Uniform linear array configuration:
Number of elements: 48
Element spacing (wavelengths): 0.75
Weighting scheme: hann
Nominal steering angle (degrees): -45
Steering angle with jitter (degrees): -45.695
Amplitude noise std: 0.05
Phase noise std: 0.05

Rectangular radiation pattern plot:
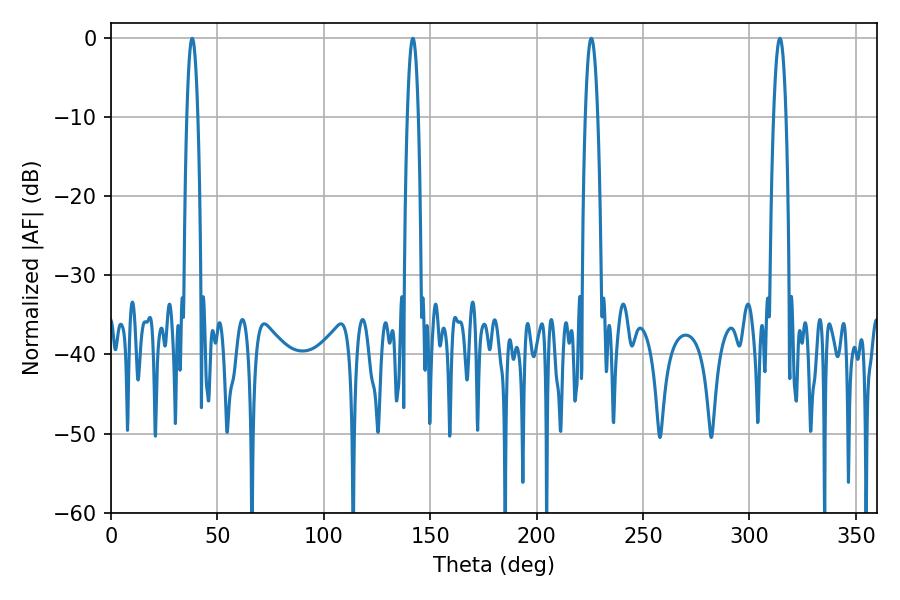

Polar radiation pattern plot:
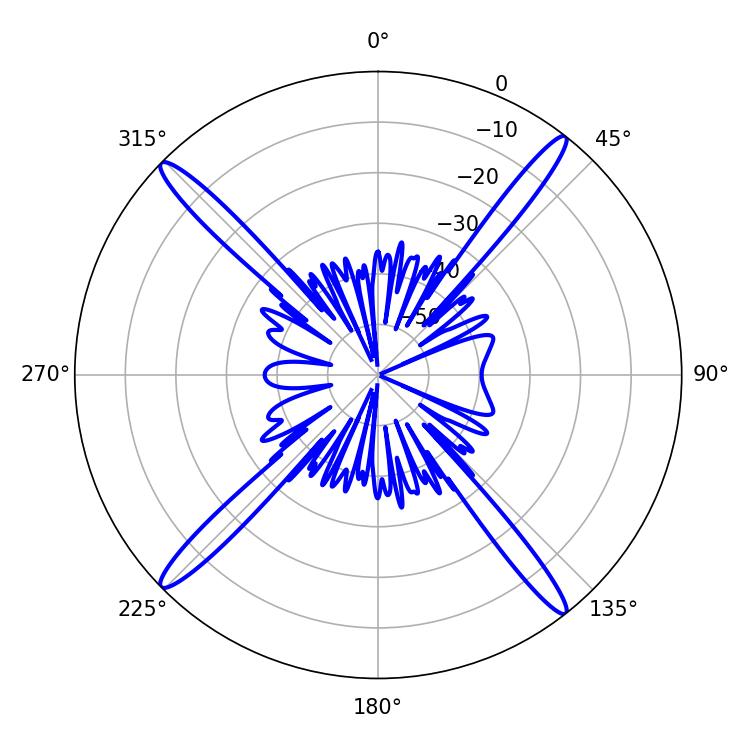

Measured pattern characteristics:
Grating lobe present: TRUE
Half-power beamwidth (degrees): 2.88
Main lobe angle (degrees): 38.16